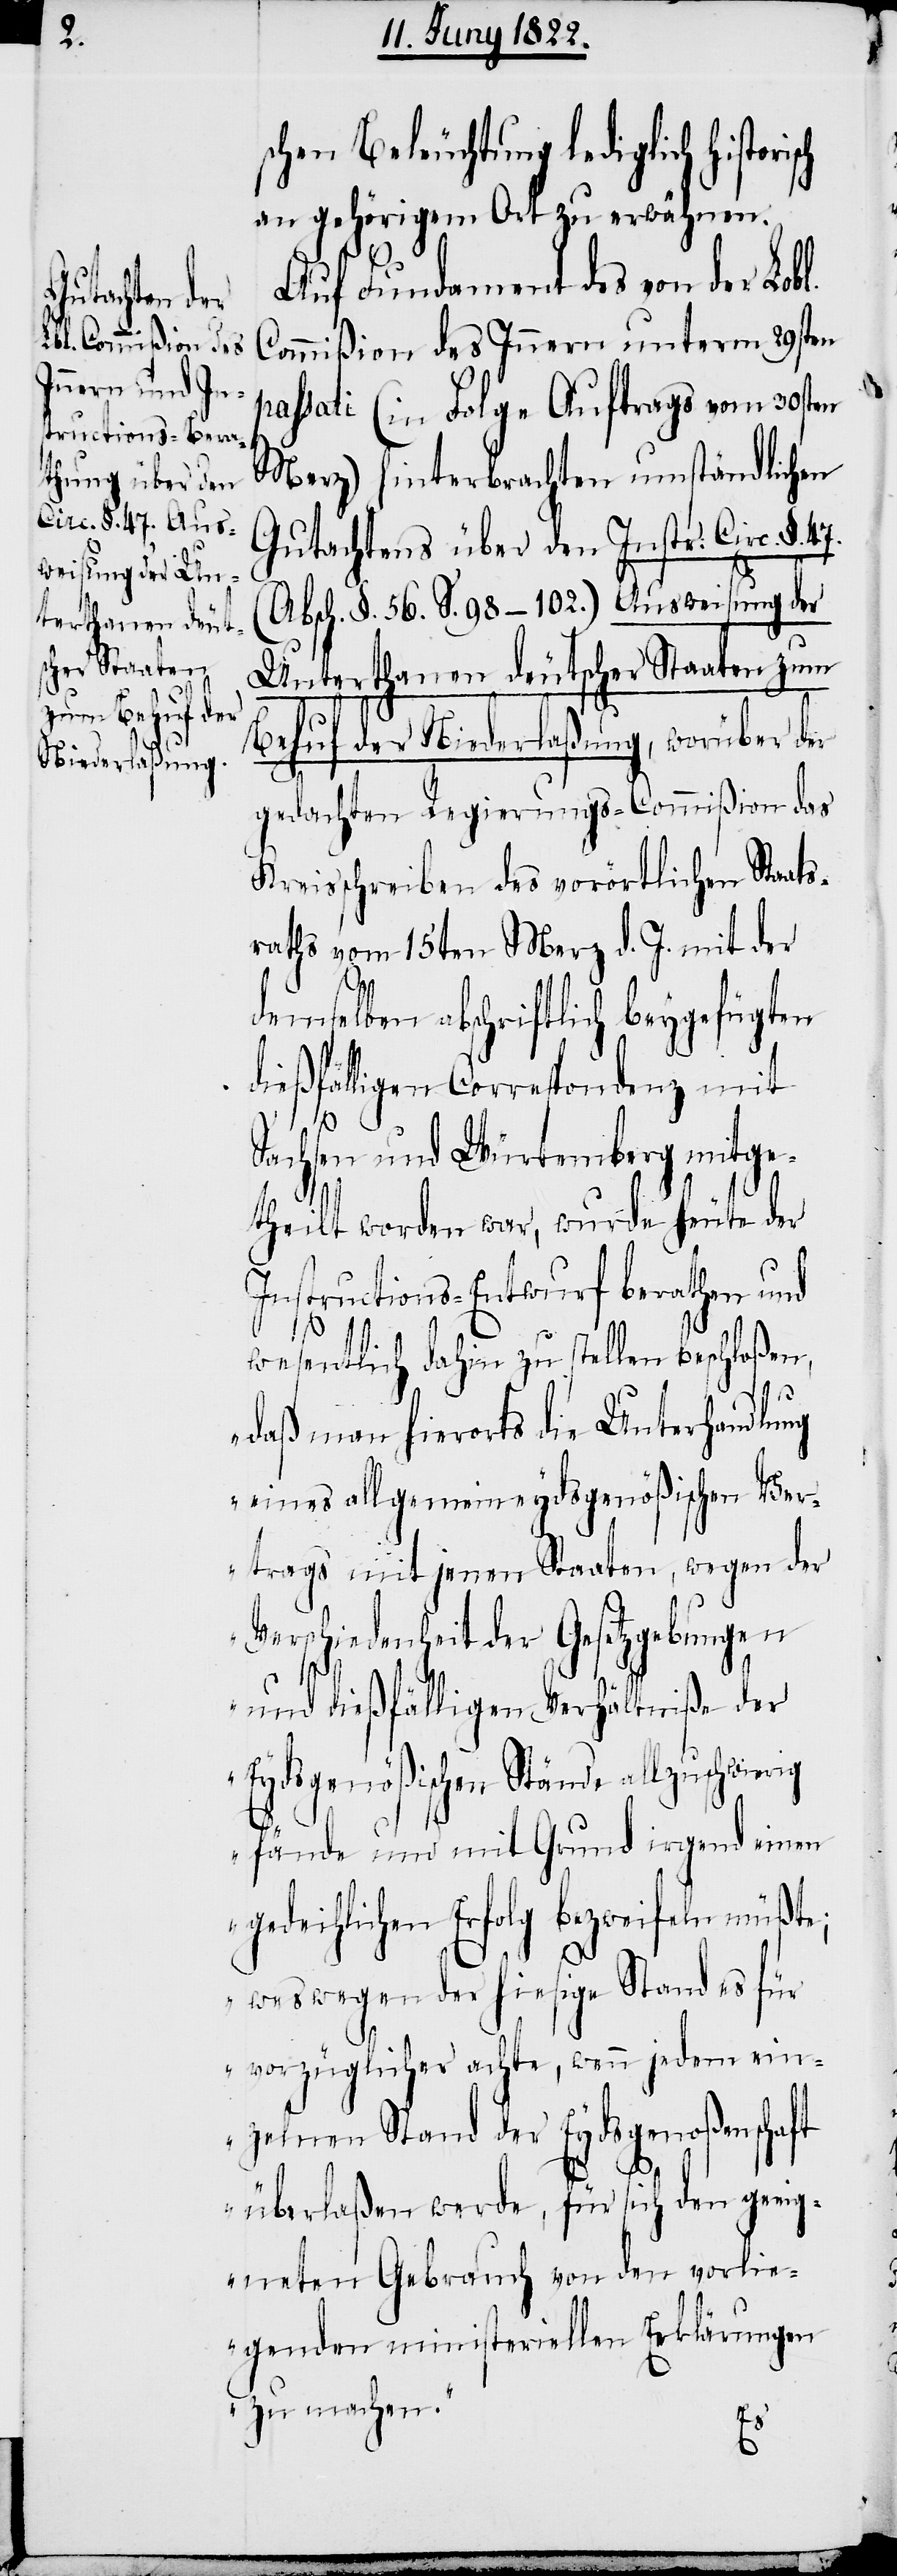
schen Beleuchtung lediglich histor¬
an gehörigem Ort zu erwähnen.
Auf Fundament des von der Lobl.
Commißion des Innern unterm 29sten
passati (in Folge Auftrags vom 30sten
Merz) hinterbrachten umständlichen
Gutachtens über den Instr: Circ. §.
(Absch. §. 56. S. 98–102) Ausweisung der
Unterthanen deutscher Staaten zum
Behuf der Niederlaßung, worüber der
gedachten Regierungs-Commißion das
Kreisschreiben des vorörtlichen Staats¬
raths vom 15ten Merz d. J. mit der
47.
demselben abschriftlich beygefügten
dießfälligen Correspondenz mit
Sachsen und Würtemberg mitge¬
theilt worden war, wurde heute der
Instructions-Entwurf berathen und
isch
wesentlich dahin zu stellen beschloßen,
„daß man hierorts die Unterhandlung
eines allgemeineydsgenößischen Ver¬
trags mit jenen Staaten, wegen der
Verschiedenheit der Gesetzgebungen
und dießfälligen Verhältniße der
Eydsgenößischen Stände allzuschwierig
fände und mit Grund irgend einen
gedeihlichen Erfolg bezweifeln müßte;
weswegen der hiesige Stand es für
vorzüglicher achte, wenn jedem ein¬
zelnen Stand der Eydsgenoßenschaft
überlaßen werde, für sich den geeig¬
neten Gebrauch von den vorlie¬
genden ministeriellen Erklärungen
zu machen.“